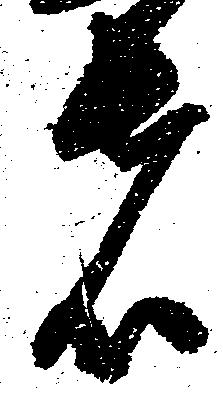
者